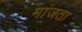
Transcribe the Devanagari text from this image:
मांजता